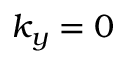
k _ { y } = 0